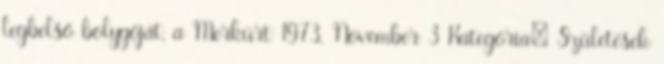
legbelső bolygóját, a Merkúrt 1973. November 3 Kategória: Születések